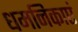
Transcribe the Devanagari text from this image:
धमनिकाएं